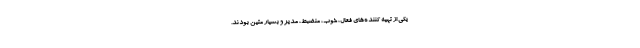
یکی از تهیه ‌کننده‌های فعال، خوب، منضبط، مدیر و بسیار متین بودند.